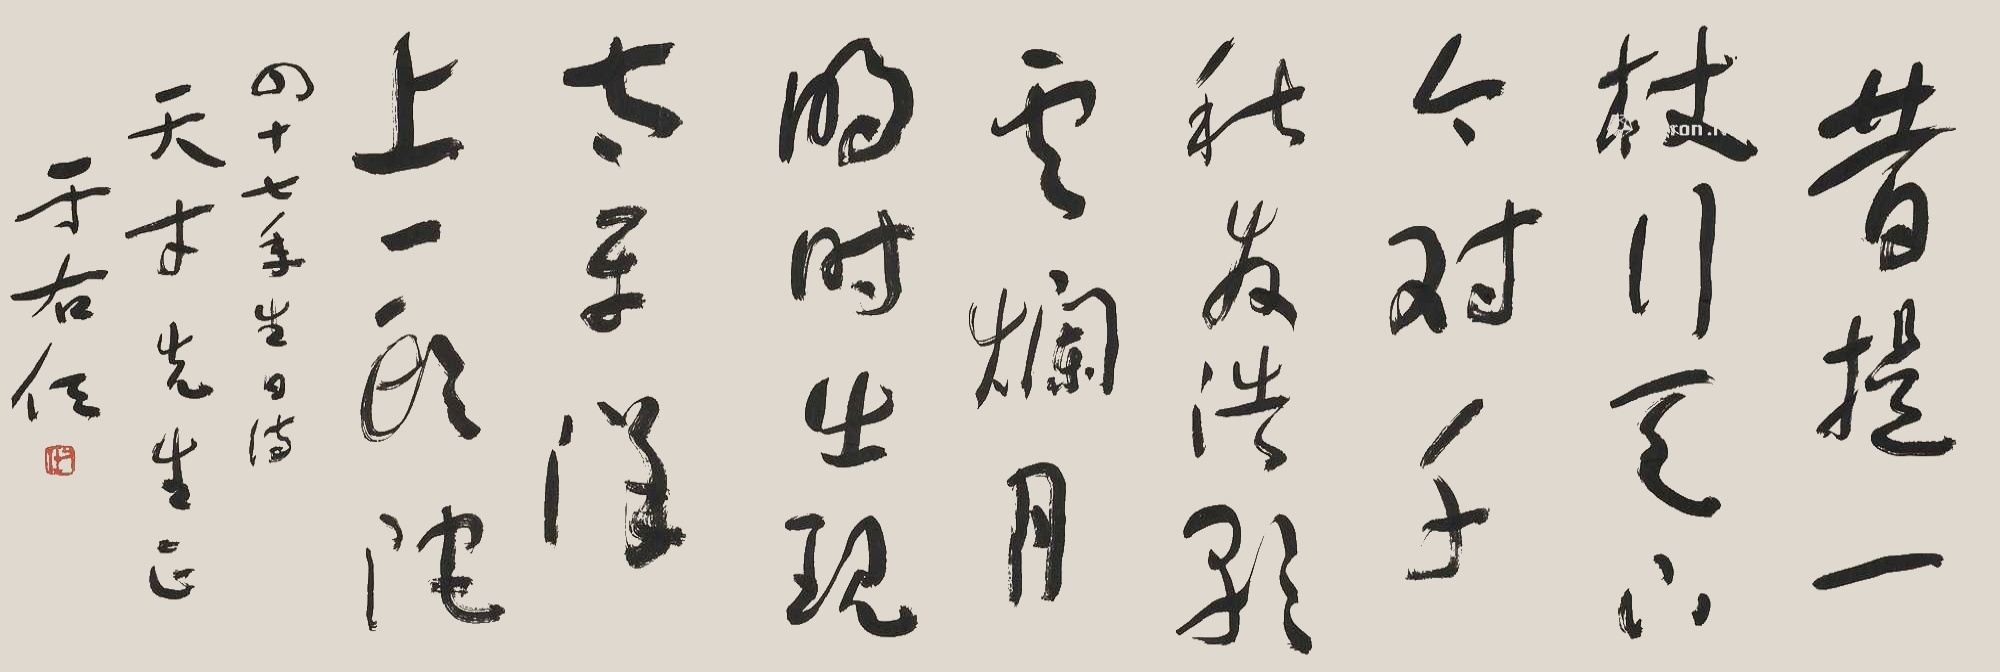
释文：昔提一杖行天下，今对千秋发浩歌。云烂月明时出现，太平洋上一头陀。四十七年生日诗，天才先生正，于右任。